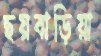
ছয়বাড়িয়া